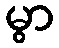
မွာ